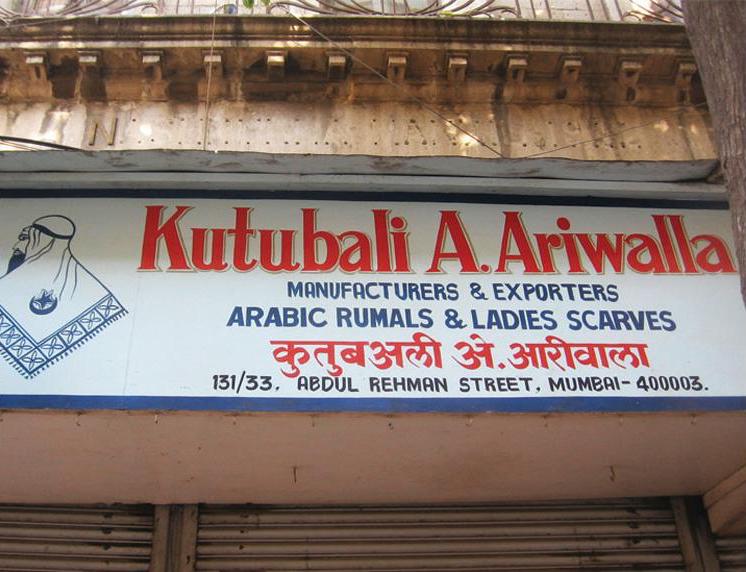
Language: marathi
Transcription: कुतुबअली अरीवाला